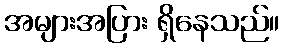
အများအပြား ရှိနေသည်။